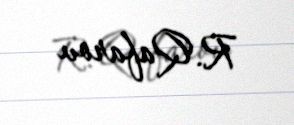
R. Qafarov